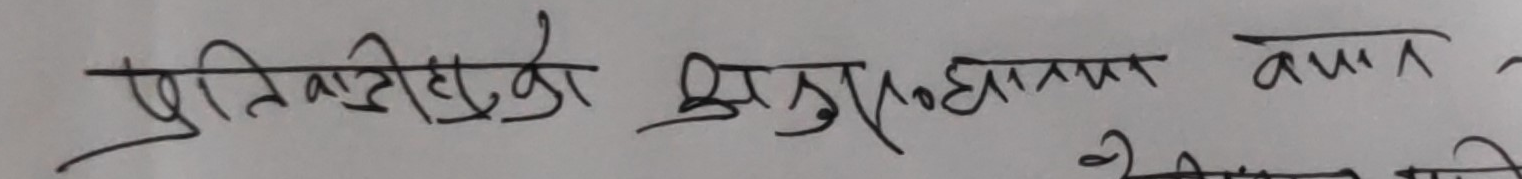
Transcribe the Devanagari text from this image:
प्रतिभागीहरूका प्रमुख समस्याहरू